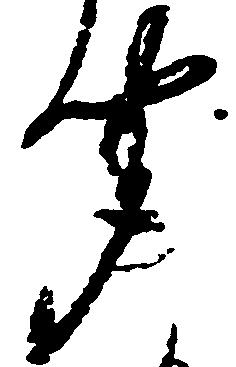
聞